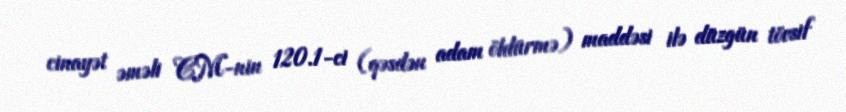
cinayət əməli CM-nin 120.1-ci (qəsdən adam öldürmə) maddəsi ilə düzgün tövsif